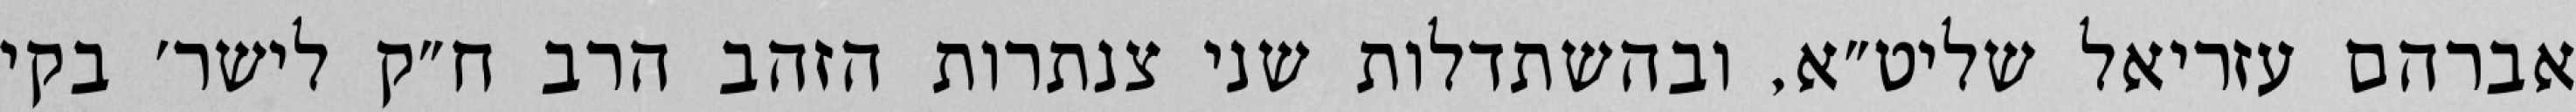
אברהם עזריאל שליט״א, ובהשתדלות שני צנתרות הזהב הרב ח״ק לישר׳ בקי